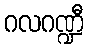
ဂလဂဏ္ဍီ